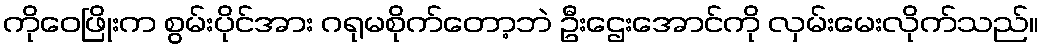
ကိုဝေဖြိုးက စွမ်းပိုင်အား ဂရုမစိုက်တော့ဘဲ ဦးဌေးအောင်ကို လှမ်းမေးလိုက်သည်။